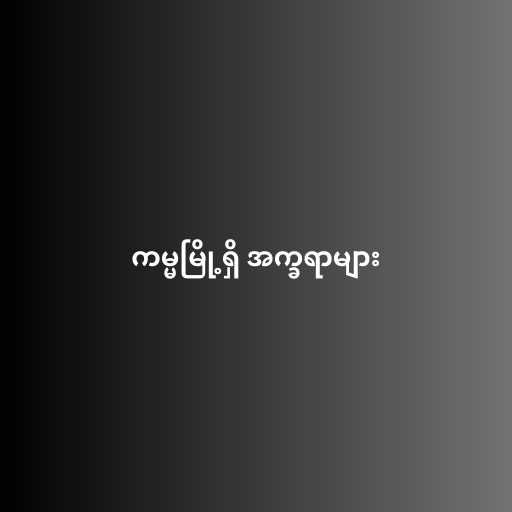
ကမ္မမြို့ရှိ အက္ခရာများ